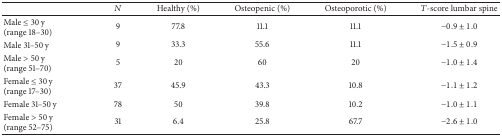
<table><thead><tr><td><b> </b></td><td><b><i>N</i></b></td><td><b>Healthy (%)</b></td><td><b>Osteopenic (%)</b></td><td><b>Osteoporotic (%)</b></td><td><b><i>T</i>-score lumbar spine</b></td></tr></thead><tbody><tr><td>Male ≤ 30 y (range 18–30)</td><td>9</td><td>77.8</td><td>11.1</td><td>11.1</td><td>−0.9 ± 1.0</td></tr><tr><td>Male 31–50 y</td><td>9</td><td>33.3</td><td>55.6</td><td>11.1</td><td>−1.5 ± 0.9</td></tr><tr><td>Male &gt; 50 y(range 51–70)</td><td>5</td><td>20</td><td>60</td><td>20</td><td>−1.0 ± 1.4</td></tr><tr><td>Female ≤ 30 y(range 17–30)</td><td>37</td><td>45.9</td><td>43.3</td><td>10.8</td><td>−1.1 ± 1.2</td></tr><tr><td>Female 31–50 y</td><td>78</td><td>50</td><td>39.8</td><td>10.2</td><td>−1.0 ± 1.1</td></tr><tr><td>Female &gt; 50 y(range 52–75)</td><td>31</td><td>6.4</td><td>25.8</td><td>67.7</td><td>−2.6 ± 1.0</td></tr></tbody></table>